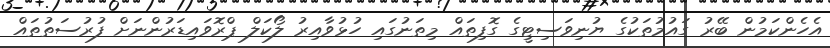
އެހެންކަމުން ބޭރު ގައުމުތަކުގެ ޔުނިވަސިޓީގެ ގޮފިތައް މިތަނުގައި ހުޅުވާއިރު ލޯކަލް ޕްރޮވައިޑަރުންނަށް ފުރުސަތުތައް